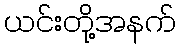
ယင်းတို့အနက်